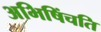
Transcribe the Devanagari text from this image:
अभिषिंचति